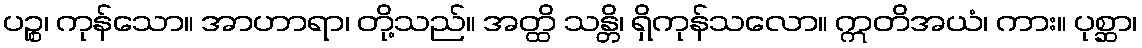
ပဉ္စ၊ ကုန်သော။ အာဟာရာ၊ တို့သည်။ အတ္ထိ သန္တိ၊ ရှိကုန်သလော။ ဣတိအယံ၊ ကား။ ပုစ္ဆာ၊